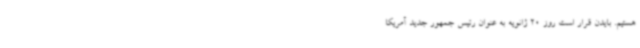
هستیم. بایدن قرار است روز 20 ژانویه به عنوان رئیس جمهور جدید آمریکا